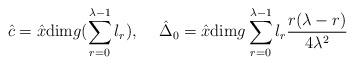
LaTeX: \begin{align*}\hat{c}=\hat{x}\textup{dim}g(\sum_{r=0}^{\lambda-1}l_r),\hspace{.2in}\hat{\Delta}_0=\hat{x}\textup{dim}g\sum_{r=0}^{\lambda-1}l_r\frac{r(\lambda-r)}{4\lambda^2}\end{align*}